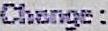
CHANGE :